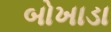
બોખાડા